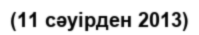
(11 сәуірден 2013)